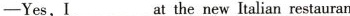
——Yes,I___at the new Italian restauran